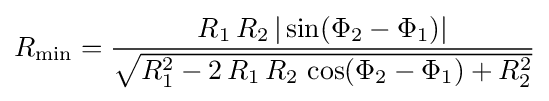
R_{\mathrm {min} }={\frac {R_{1}\,R_{2}\,|\sin(\Phi _{2}-\Phi _{1})|}{\sqrt {R_{1}^{2}-2\,R_{1}\,R_{2}\,\cos(\Phi _{2}-\Phi _{1})+R_{2}^{2}}}}